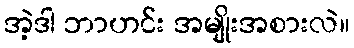
အဲ့ဒါ ဘာဟင်း အမျိုးအစားလဲ။